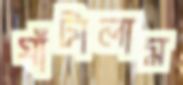
ঘাঁটালাম